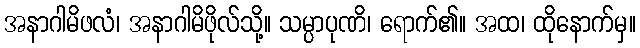
အနာဂါမိဖလံ၊ အနာဂါမိဖိုလ်သို့။ သမ္ပာပုဏိ၊ ရောက်၏။ အထ၊ ထိုနောက်မှ။